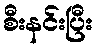
စီးနင်းပြီး